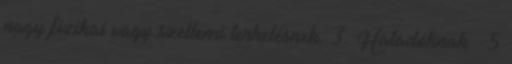
nagy fizikai vagy szellemi terhelésnek. 3. Haladóknak – 5